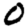
Digit: 0